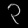
Digit: ၃